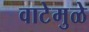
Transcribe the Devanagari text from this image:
वाटेमुळे